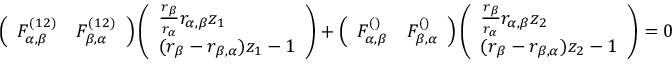
\left( \begin{array} { l l } { F _ { \alpha , \beta } ^ { ( 1 2 ) } } & { F _ { \beta , \alpha } ^ { ( 1 2 ) } } \end{array} \right) \left( \begin{array} { l } { \frac { r _ { \beta } } { r _ { \alpha } } r _ { \alpha , \beta } z _ { 1 } } \\ { ( r _ { \beta } - r _ { \beta , \alpha } ) z _ { 1 } - 1 } \end{array} \right) + \left( \begin{array} { l l } { F _ { \alpha , \beta } ^ { ( ) } } & { F _ { \beta , \alpha } ^ { ( ) } } \end{array} \right) \left( \begin{array} { l } { \frac { r _ { \beta } } { r _ { \alpha } } r _ { \alpha , \beta } z _ { 2 } } \\ { ( r _ { \beta } - r _ { \beta , \alpha } ) z _ { 2 } - 1 } \end{array} \right) = 0